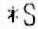
*S